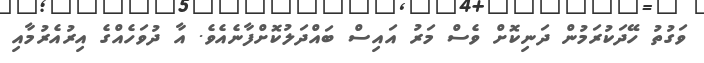
ވަގުތު ހޭދަކުރަމުން ދަނިކޮށް ވެސް މަރު އައިސް ބައްދަލުކޮށްފާނެއެވެ. އާ ދުވަހެއްގެ އިރުއެރުމާއި